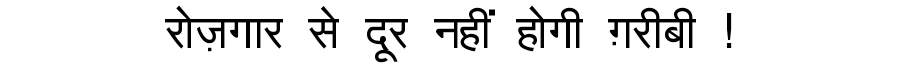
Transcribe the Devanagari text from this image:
रोज़गार से दूर नहीं होगी ग़रीबी !